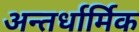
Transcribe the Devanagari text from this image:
अन्तर्धार्मिक